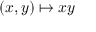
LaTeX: ( x , y ) \mapsto x y